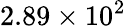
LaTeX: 2.89\times 10^{2}